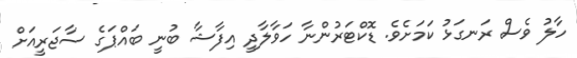
ހާލު ވެސް ރަނގަޅު ކަމަށެވެ. ޑޮކްޓަރުންނާ ހަވާލާދީ އިފާޝާ ބުނީ ބައްޕަގެ ސާޖަރީއަށް